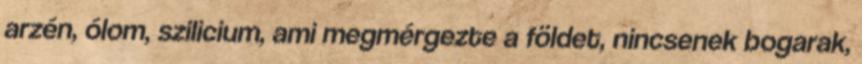
arzén, ólom, szilicium, ami megmérgezte a földet, nincsenek bogarak,